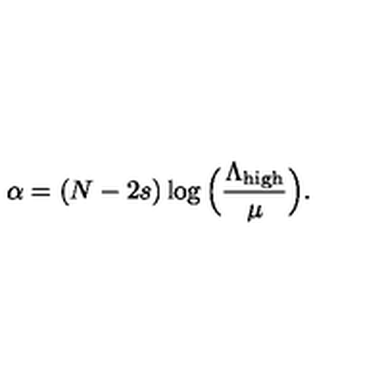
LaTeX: \alpha = ( N - 2 s ) \log \Big ( \frac { \Lambda _ { \mathrm { h i g h } } } { \mu } \Big ) .